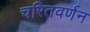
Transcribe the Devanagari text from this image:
चरितवर्णन